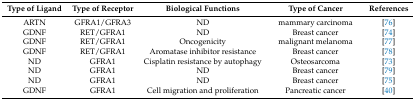
<table><thead><tr><td><b>Type of Ligand</b></td><td><b>Type of Receptor</b></td><td><b>Biological Functions</b></td><td><b>Type of Cancer</b></td><td><b>References</b></td></tr></thead><tbody><tr><td>ARTN</td><td>GFRA1/GFRA3</td><td>ND</td><td>mammary carcinoma</td><td>[76]</td></tr><tr><td>GDNF</td><td>RET/GFRA1</td><td>ND</td><td>Breast cancer</td><td>[74]</td></tr><tr><td>GDNF</td><td>RET/GFRA1</td><td>Oncogenicity</td><td>malignant melanoma</td><td>[77]</td></tr><tr><td>GDNF</td><td>RET/GFRA1</td><td>Aromatase inhibitor resistance</td><td>Breast cancer</td><td>[78]</td></tr><tr><td>ND</td><td>GFRA1</td><td>Cisplatin resistance by autophagy</td><td>Osteosarcoma</td><td>[73]</td></tr><tr><td>ND</td><td>GFRA1</td><td>ND</td><td>Breast cancer</td><td>[79]</td></tr><tr><td>ND</td><td>GFRA1</td><td>ND</td><td>Breast cancer</td><td>[75]</td></tr><tr><td>GDNF</td><td>GFRA1</td><td>Cell migration and proliferation</td><td>Pancreatic cancer</td><td>[40]</td></tr></tbody></table>